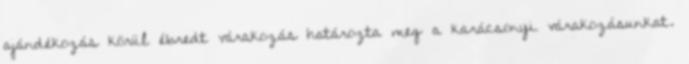
ajándékozás körül ébredt várakozás határozta meg a karácsonyi várakozásunkat.